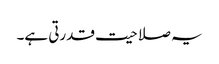
یہ صلاحیت قدرتی ہے۔